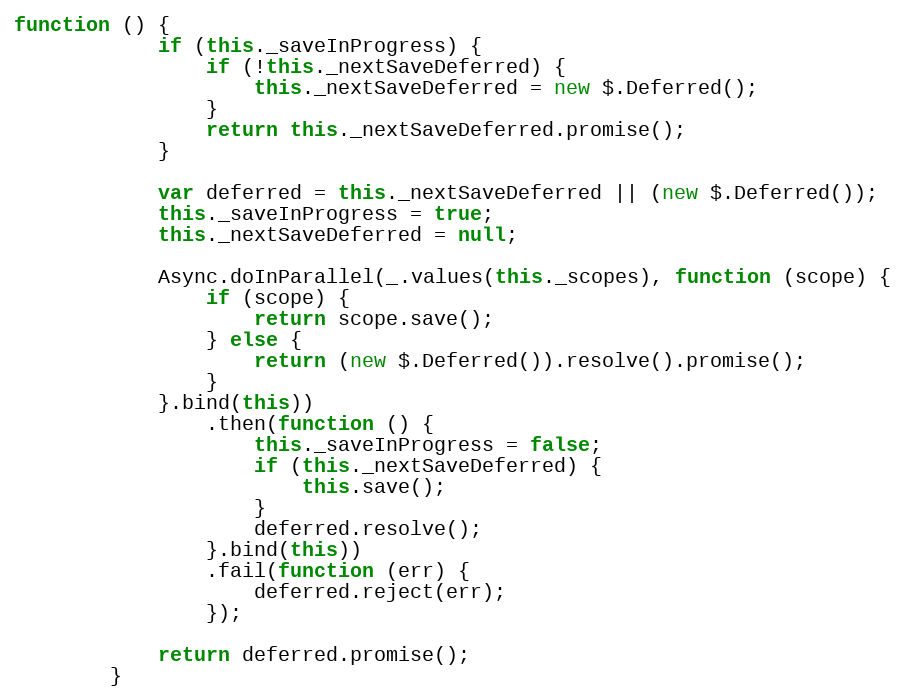
Language: JavaScript
function () {
            if (this._saveInProgress) {
                if (!this._nextSaveDeferred) {
                    this._nextSaveDeferred = new $.Deferred();
                }
                return this._nextSaveDeferred.promise();
            }

            var deferred = this._nextSaveDeferred || (new $.Deferred());
            this._saveInProgress = true;
            this._nextSaveDeferred = null;

            Async.doInParallel(_.values(this._scopes), function (scope) {
                if (scope) {
                    return scope.save();
                } else {
                    return (new $.Deferred()).resolve().promise();
                }
            }.bind(this))
                .then(function () {
                    this._saveInProgress = false;
                    if (this._nextSaveDeferred) {
                        this.save();
                    }
                    deferred.resolve();
                }.bind(this))
                .fail(function (err) {
                    deferred.reject(err);
                });

            return deferred.promise();
        }